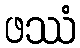
ဖဿံ